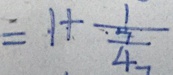
= 1 + \frac { 1 } { \frac { 7 } { 4 } }